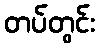
တပ်တွင်း